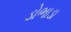
ડોભાડા